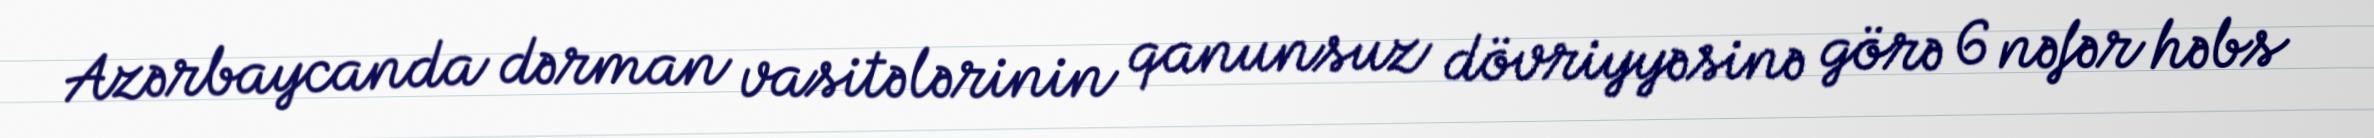
Azərbaycanda dərman vasitələrinin qanunsuz dövriyyəsinə görə 6 nəfər həbs